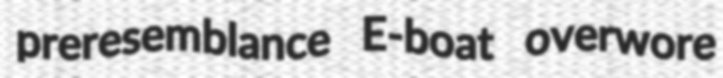
preresemblance E-boat overwore